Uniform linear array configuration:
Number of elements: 8
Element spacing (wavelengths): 0.5
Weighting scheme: uniform
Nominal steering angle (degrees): -60
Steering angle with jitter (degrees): -60.403
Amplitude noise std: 0.05
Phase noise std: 0.05

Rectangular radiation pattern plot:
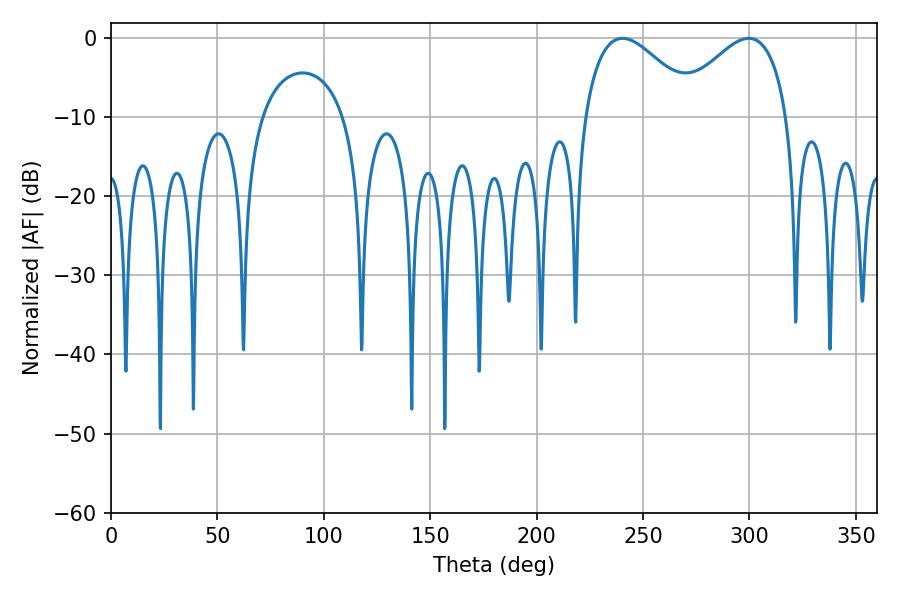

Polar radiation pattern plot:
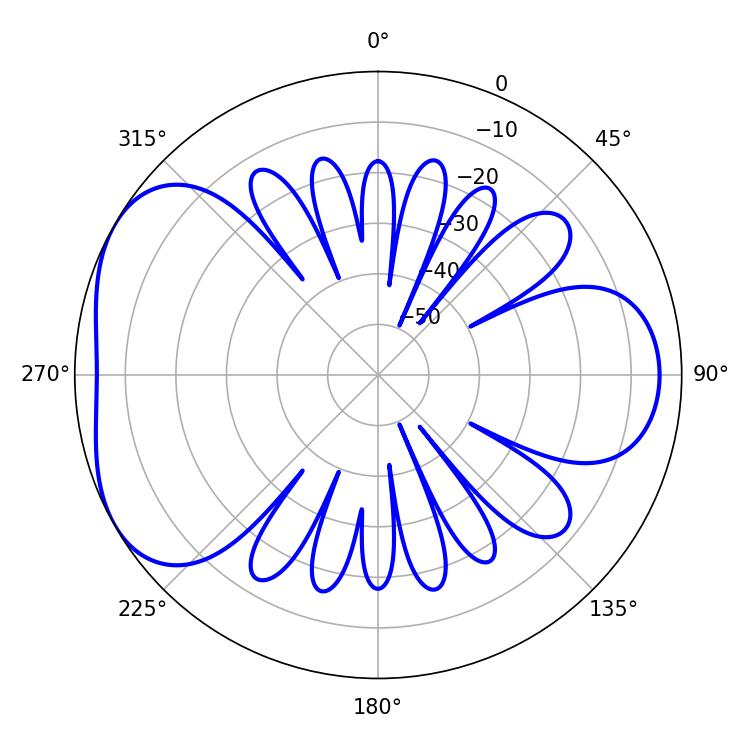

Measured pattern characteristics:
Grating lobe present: FALSE
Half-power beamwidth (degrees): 28.98
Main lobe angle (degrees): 240.3